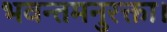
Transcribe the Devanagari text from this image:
भवन्तमनुरक्ता।